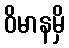
ဝိမာနမှိ